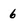
Character: 6